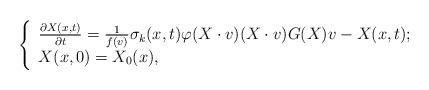
LaTeX: \begin{align*}\left\{\begin{array}{lr}\frac{\partial X(x,t)}{\partial t}=\frac{1}{f(v)}\sigma_{k}(x,t)\varphi(X\cdot v)(X\cdot v)G(X)v-X(x,t); \\X(x,0)=X_{0}(x),\end{array}\right.\end{align*}